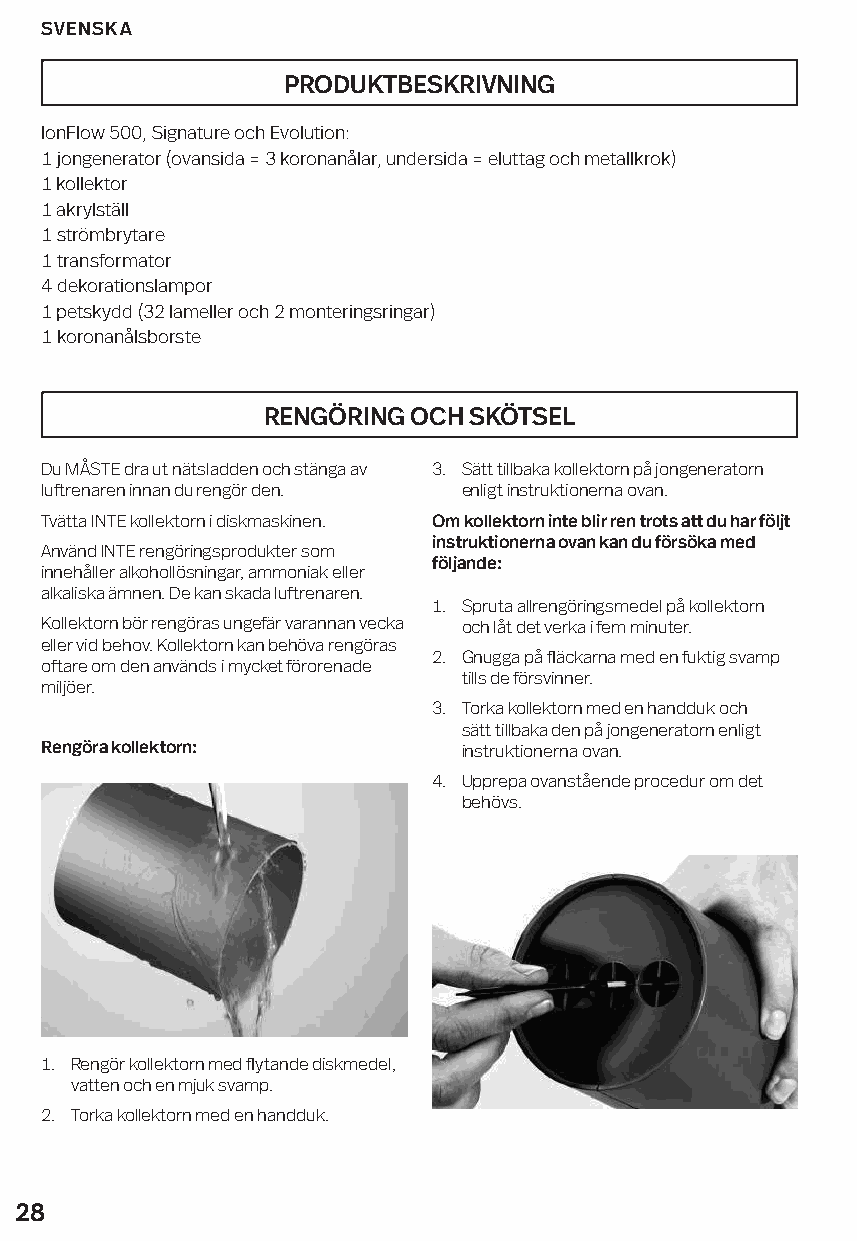
SVENSKA
 PRODUKTBESKRIVNING
 IonFlow 500, Signature och Evolution:
 1 jongenerator (ovansida = 3 koronanålar, undersida = eluttag och metallkrok)
 1 kollektor
 1 akrylställ
 1 strömbrytare
 1 transformator
 4 dekorationslampor
 1 petskydd (32 lameller och 2 monteringsringar)
 1 koronanålsborste
 RENGÖRING OCH SKÖTSEL
 Du MÅSTE dra ut nätsladden och stänga av 3. Sätt tillbaka kollektorn på jongeneratorn
 luftrenaren innan du rengör den. enligt instruktionerna ovan.
 Tvätta INTE kollektorn i diskmaskinen. Om kollektorn inte blir ren trots att du har följt
 instruktionerna ovan kan du försöka med
 Använd INTE rengöringsprodukter som
 följande:
 innehåller alkohollösningar, ammoniak eller
 alkaliska ämnen. De kan skada luftrenaren.
 1. Spruta allrengöringsmedel på kollektorn
 Kollektorn bör rengöras ungefär varannan vecka och låt det verka i fem minuter.
 eller vid behov. Kollektorn kan behöva rengöras
 2. Gnugga på fläckarna med en fuktig svamp
 oftare om den används i mycket förorenade
 tills de försvinner.
 miljöer.
 3. Torka kollektorn med en handduk och
 sätt tillbaka den på jongeneratorn enligt
 Rengöra kollektorn:         instruktionerna ovan.
 4. Upprepa ovanstående procedur om det
 behövs.
 1. Rengör kollektorn med flytande diskmedel,
 vatten och en mjuk svamp.
 2. Torka kollektorn med en handduk.
 28